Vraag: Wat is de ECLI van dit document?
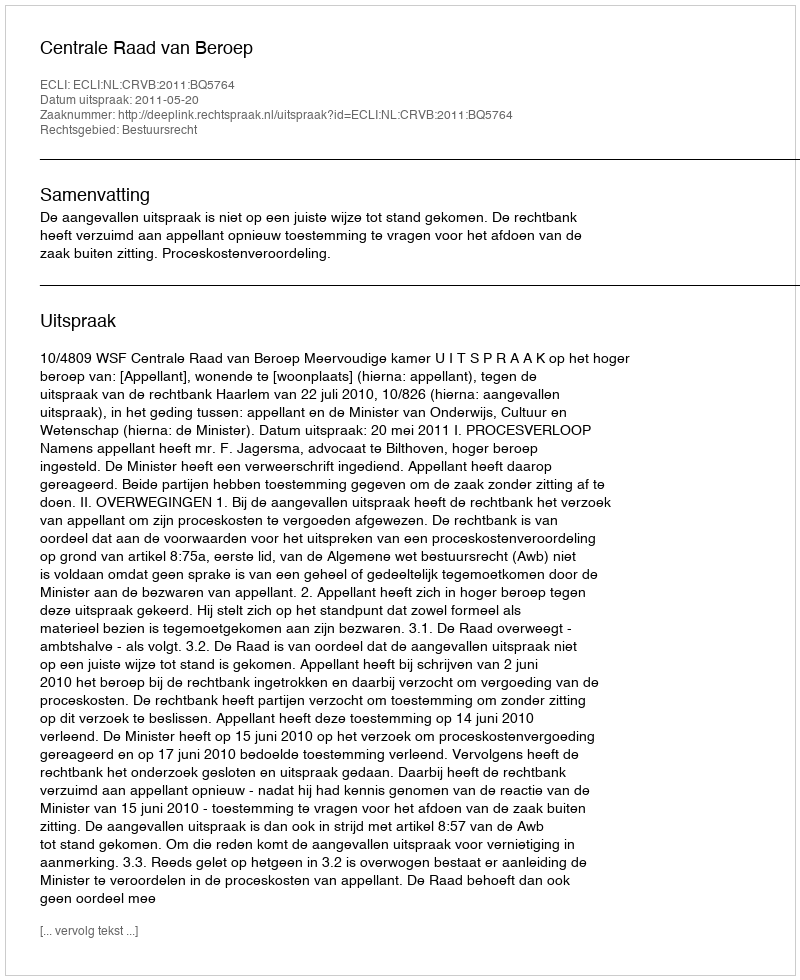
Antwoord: ECLI:NL:CRVB:2011:BQ5764